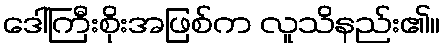
ဒေါ်ကြီးစိုးအဖြစ်က လူသိနည်း၏။